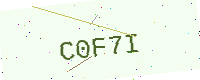
Text: C0F7I